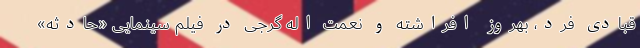
قبادی فرد، بهروز افراشته و نعمت اله گرجی در فیلم سینمایی «حادثه»